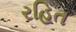
રહિત